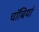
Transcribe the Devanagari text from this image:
चॉबियां